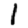
Digit: 1